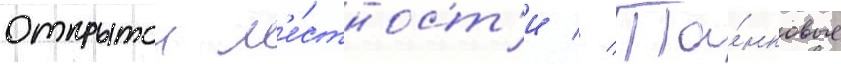
открытои м'е́стност'и // Та́нковые